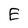
Character: E